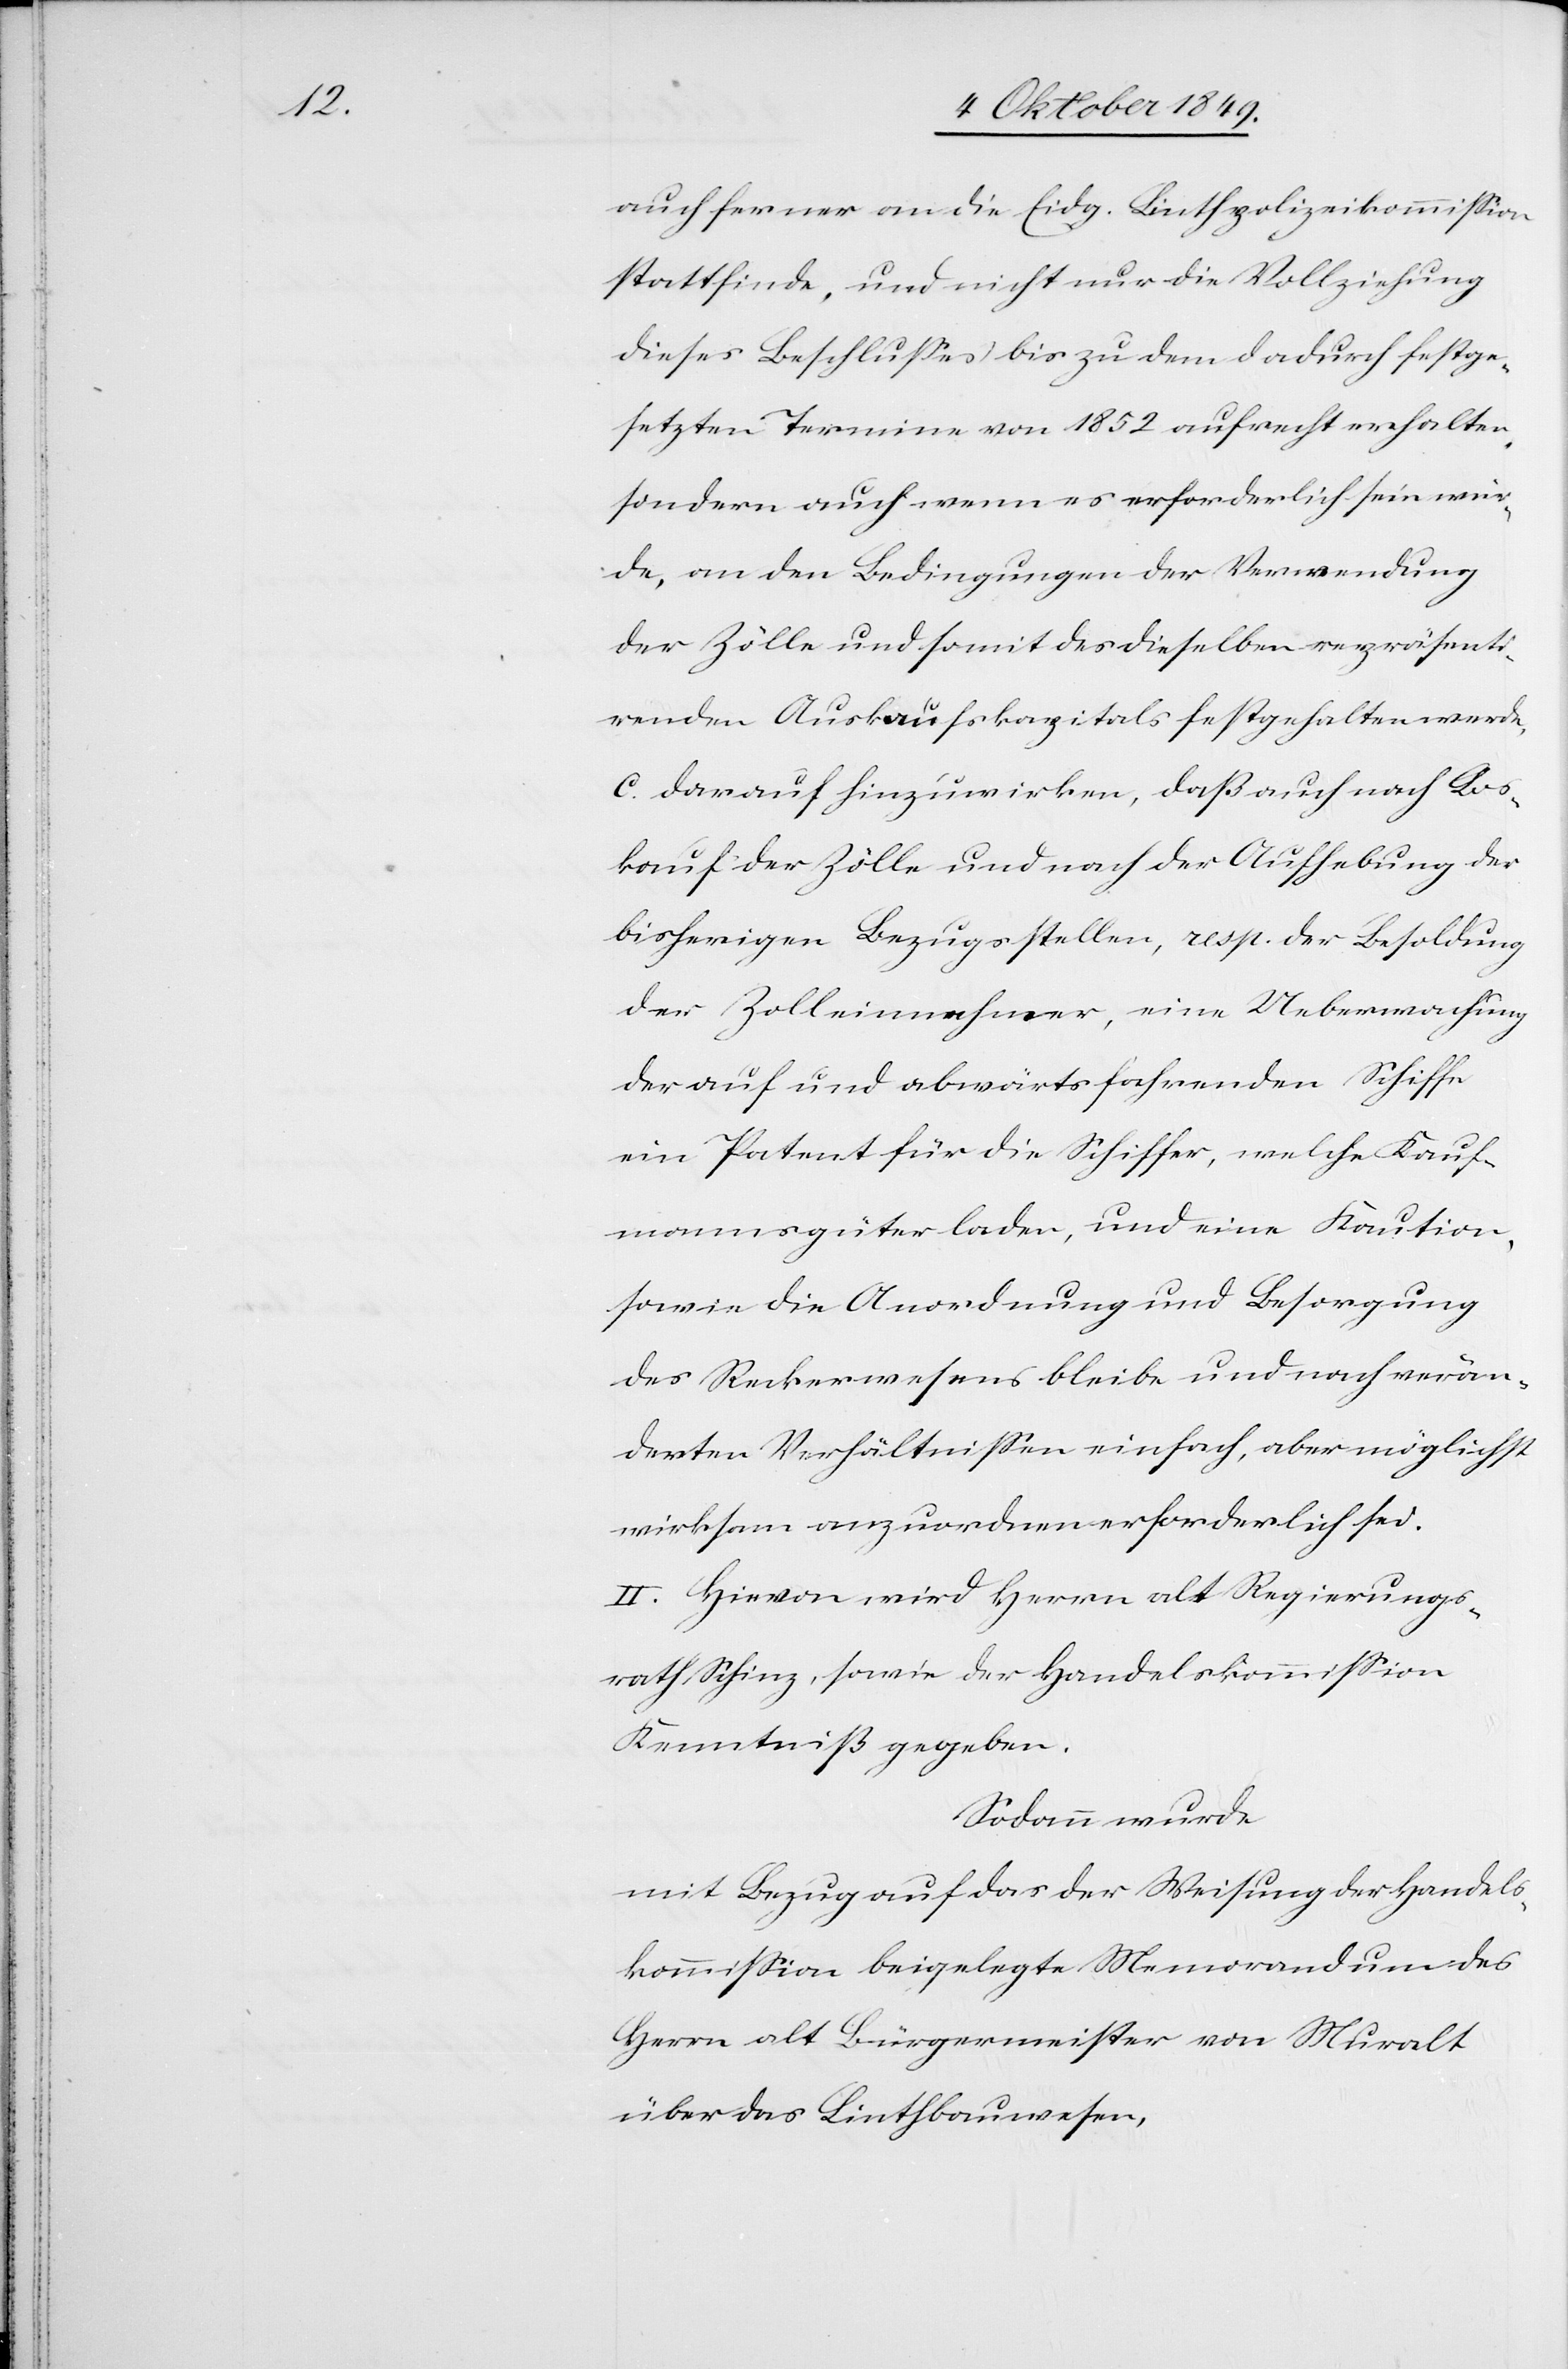
auch ferner an die Eidg. Linthpolizeikommißion
stattfinde, und nicht nur die Vollziehung
dieses Beschlußes bis zu dem dadurch festge¬
setzten Termine von 1852 aufrecht erhalten
sondern auch wenn es erforderlich sein wür¬
de, an den Bedingungen der Verwendung
der Zölle und somit das dieselben repräsenti¬
renden Auskaufskapitals festgehalten werde.
c. darauf hinzuwirken, daß auch nach Aus¬
kauf der Zölle und nach der Aufhebung der
bisherigen Bezugsstellen, resp. die Besoldung
der Zolleinnehmer, eine Ueberwachung
der auf und abwärts fahrenden Schiffe
ein Patent für die Schiffer, welche Kauf¬
mannsgüter laden, und eine Kaution,
sowie die Anordnung und Besorgung
des Reckerwesens bleibe und nach verän¬
derten Verhältnißen einfach, aber möglichst
wirksam anzuordnen erforderlich sei.
II. Hievon wird Herrn alt Regierungs¬
rath Schinz, sowie der Handelskommißion
Kenntniß gegeben.
Sodann wurde
Mit Bezug auf das der Weisung der Handels¬
kommißion beigelegte Memorandum des
Herrn alt Bürgermeister von Muralt
über das Linthbauwesen,